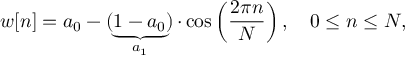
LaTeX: w [ n ] = a _ { 0 } - \underbrace { ( 1 - a _ { 0 } ) } _ { a _ { 1 } } \cdot \cos \left( { \frac { 2 \pi n } { N } } \right) , \quad 0 \leq n \leq N ,